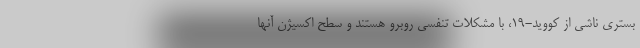
بستری ناشی از کووید-۱۹، با مشکلات تنفسی روبرو هستند و سطح اکسیژن آنها